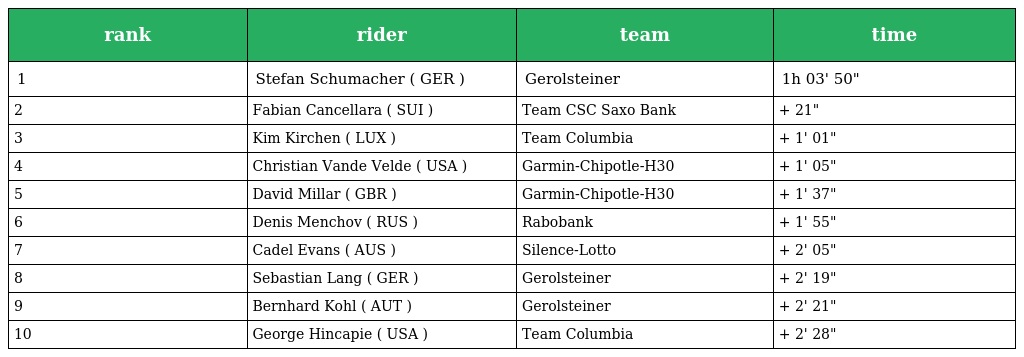
| rank | rider | team | time |
 | --- | --- | --- | --- |
 | 1 | Stefan Schumacher ( GER ) | Gerolsteiner | 1h 03' 50" |
 | 2 | Fabian Cancellara ( SUI ) | Team CSC Saxo Bank | + 21" |
 | 3 | Kim Kirchen ( LUX ) | Team Columbia | + 1' 01" |
 | 4 | Christian Vande Velde ( USA ) | Garmin-Chipotle-H30 | + 1' 05" |
 | 5 | David Millar ( GBR ) | Garmin-Chipotle-H30 | + 1' 37" |
 | 6 | Denis Menchov ( RUS ) | Rabobank | + 1' 55" |
 | 7 | Cadel Evans ( AUS ) | Silence-Lotto | + 2' 05" |
 | 8 | Sebastian Lang ( GER ) | Gerolsteiner | + 2' 19" |
 | 9 | Bernhard Kohl ( AUT ) | Gerolsteiner | + 2' 21" |
 | 10 | George Hincapie ( USA ) | Team Columbia | + 2' 28" |